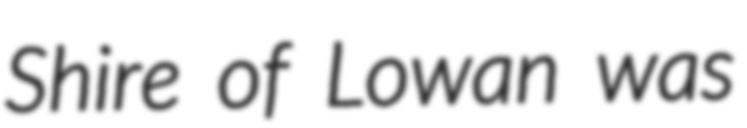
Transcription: Shire of Lowan was